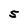
Character: S